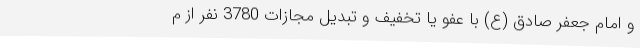
و امام جعفر صادق (ع) با عفو یا تخفیف و تبدیل مجازات 3780 نفر از م